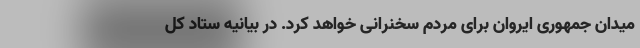
میدان جمهوری ایروان برای مردم سخنرانی خواهد کرد. در بیانیه ستاد کل